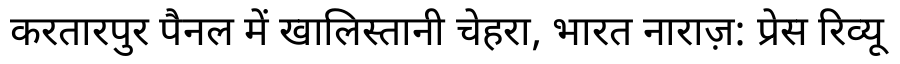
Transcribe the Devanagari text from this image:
करतारपुर पैनल में खालिस्तानी चेहरा, भारत नाराज़: प्रेस रिव्यू